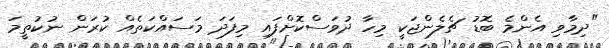
"ދިމާވި އެންމެ ބޮޑު ޗެލެންޖަކީ މިހާ ދުވަސްކޮށްފައި މިފަދަ މަސައްކަތެއް ކުރަން ނުކުތީމަ